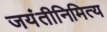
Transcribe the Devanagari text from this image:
जयंतीनिमित्य